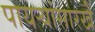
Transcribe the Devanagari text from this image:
पायऱ्यांसारखे